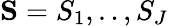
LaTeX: {\mathbf S}=S_{1},..,S_{J}